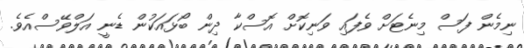
ނިމެން ފަސް މިނެޓަށް ވެފައި ވަނިކޮށް އޮސްކާ ދިން ބޯޅައަކުން ޑެނީ އަލްވޭސްއެވެ.